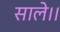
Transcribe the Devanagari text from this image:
साले।।